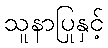
သူနာပြုနှင့်